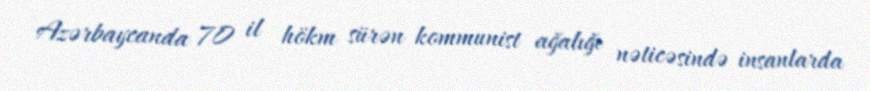
Azərbaycanda 70 il hökm sürən kommunist ağalığı nəticəsində insanlarda